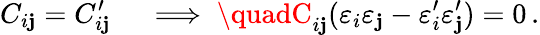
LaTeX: C_{i\mathbf{j}}=C_{i\mathbf{j}}^{\prime}\quad\implies\quadC_{i\mathbf{j}}(\varepsilon_{i}\varepsilon_{\mathbf{j}}-\varepsilon_{i}^{\prime}\varepsilon_{\mathbf{j}}^{\prime})=0\, .